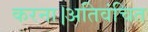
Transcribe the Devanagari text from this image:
करना।अतिवंचित